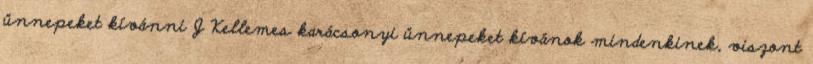
ünnepeket kívánni J Kellemes karácsonyi ünnepeket kívánok mindenkinek, viszont